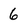
Character: 6